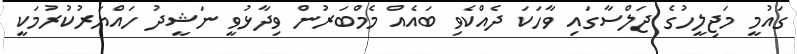
ގައުމީ މަޖިލީހުގެ ޖަލްސާގައި ވާހަކަ ދެއްކެވި ބައެއް މެމްބަރުން ވިދާޅުވީ ނަޝީދު ހައްޔަރުކުރުމަކީ